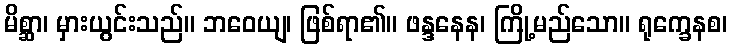
မိစ္ဆာ၊ မှားယွင်းသည်။ ဘဝေယျ၊ ဖြစ်ရာ၏။ ဖန္ဒနေန၊ ကြို့မည်သော။ ရုက္ခေနစ၊